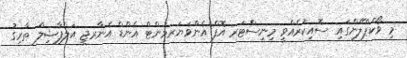
މި ވޯކްޕްލޭންގައި ސޮއިކުރެއްވީ މިނިސްޓަރ އޮފް އެންވަޔަރމަންޓް އެންޑް އެނާރޖީ އަލްފާޟިލް ތާރިގު